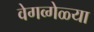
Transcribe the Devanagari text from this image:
वेगव्गेळ्या